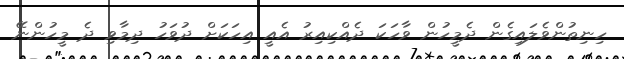
ހިނިތުންވެލައިގެން ދެމީހުން ވާހަކަ ދެއްކިއިރު އެއީ އިހަކަށް ދުވަހު ދިމާވި ދެ މީހުންނޭ